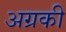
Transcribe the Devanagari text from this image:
अग्रकी